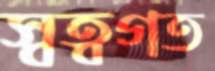
স্বত্বগত